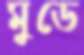
মুডে